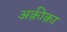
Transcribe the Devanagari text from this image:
अक़ीक़ा